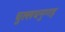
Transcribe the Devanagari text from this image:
चुल्लधनुग्गह